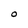
Character: O